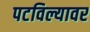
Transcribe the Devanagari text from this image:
पटविल्यावर